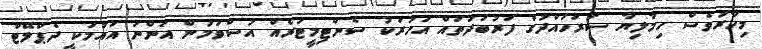
މިހާރުވެސް ހިމާލިޔާ ސަރަހައްދުގެ ފަރުބަދަތައް އަހަރަކު ސެންޓިމީޓަރެއް އުސްވަމުން އަންނަ އައުމަކީ ދެޕްލޭޓް